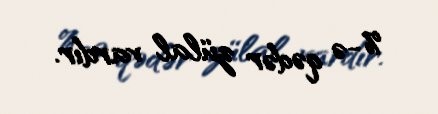
%-ə qədər zülal vardır.